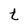
Character: t